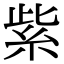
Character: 紫